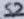
Text: S2